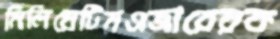
মিলিয়েটিনএজারেরক